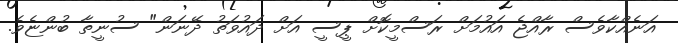
އަނެއްކާވެސް ރާއްޖެ އައުމަށް ރަސްމީކޮށް ޕީސީ އަށް ދައުވަތު ދޭނަން" ސުނީތާ ބުންޏެވެ.